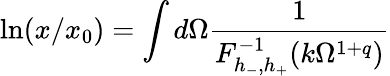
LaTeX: \ln(x/x_{0})=\int d\Omega\frac{1}{F_{h_{-},h_{+}}^{-1}(k\Omega^{1+q})}